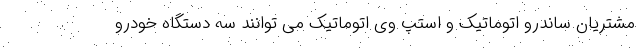
مشتریان ساندرو اتوماتیک و استپ وی اتوماتیک می توانند سه دستگاه خودرو